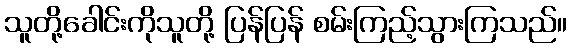
သူတို့ခေါင်းကိုသူတို့ ပြန်ပြန် စမ်းကြည့်သွားကြသည်။